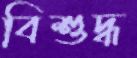
বিশুদ্ধ